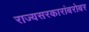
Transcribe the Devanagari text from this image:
राज्यसरकारांबरोबर